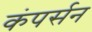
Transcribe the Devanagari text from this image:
कंपर्सन